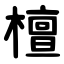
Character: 檀